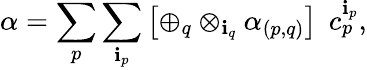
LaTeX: \alpha=\sum_{p}\sum_{\mathbf{i}_{p}}\left[\oplus_{q}\otimes_{\mathbf{i}_{q}}\alpha_{(p,q)}\right]\; \, c_{p}^{\mathbf{i}_{p}},